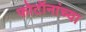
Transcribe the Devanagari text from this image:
फोटॉनांच्या